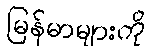
မြန်မာများကို